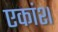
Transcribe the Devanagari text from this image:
एकांश